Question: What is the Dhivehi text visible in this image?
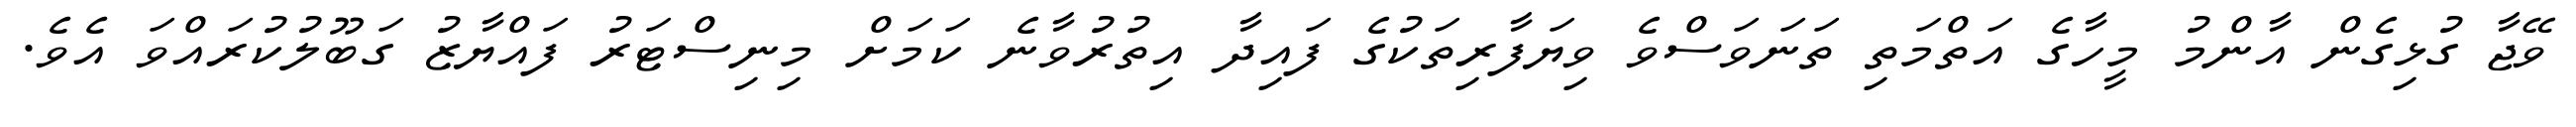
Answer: ވޭޖާ ގުޅިގެން އާންމު މީހާގެ އަތްމަތި ތަނަވަސްވެ ވިޔަފާރިތަކުގެ ފައިދާ އިތުރުވާނެ ކަމަށް މިނިސްޓަރު ފައްޔާޒު ގަބޫލުކުރައްވަ އެވެ.